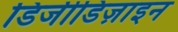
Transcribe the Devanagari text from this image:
डिजीडिज़ाइन